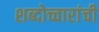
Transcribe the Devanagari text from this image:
शब्दोच्चारांची